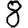
Digit: 8